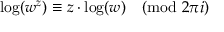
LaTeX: \log ( w ^ { z } ) \equiv z \cdot \log ( w ) { \pmod { 2 \pi i } }